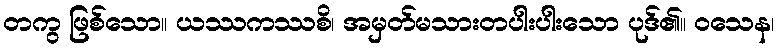
တကွ ဖြစ်သော။ ယဿကဿစိ၊ အမှတ်မသားတပါးပါးသော ပုဒ်၏။ ဝသေန၊